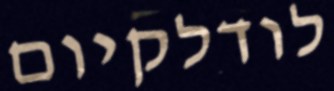
לודלקיום